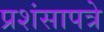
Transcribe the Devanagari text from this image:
प्रशंसापत्रे